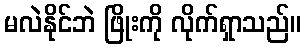
မလဲနိုင်ဘဲ ဖြိုးကို လိုက်ရှာသည်။